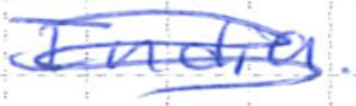
Text: India.
Cross-out: scratch
Writing tool: ballpoint